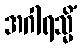
အဂါရသ္မိံ